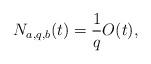
LaTeX: \begin{align*}N_{a, q, b}(t) = \frac{1}{q}O(t), \end{align*}